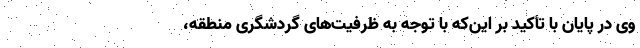
وی در پایان با تأکید بر این‌که با توجه به ظرفیت‌های گردشگری منطقه،